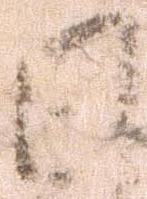
日